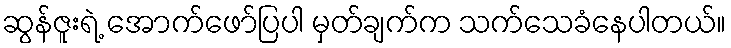
ဆွန်ဇူးရဲ့ အောက်ဖော်ပြပါ မှတ်ချက်က သက်သေခံနေပါတယ်။